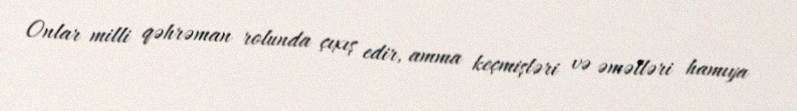
Onlar milli qəhrəman rolunda çıxış edir, amma keçmişləri və əməlləri hamıya